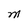
Character: M